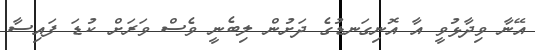
އޭނާ ވިދާޅުވީ އާ އޮނިގަނޑުގެ ދަށުން ލިބެނީ ވެސް ވަރަށް ކުޑަ ފައިސާ